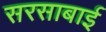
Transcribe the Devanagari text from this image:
सरसाबाई